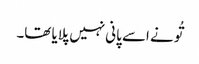
تُو نے اسے پانی نہیں پلایا تھا۔